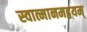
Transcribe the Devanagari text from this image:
स्वात्मानमद्वयम्